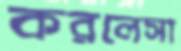
করলেসা